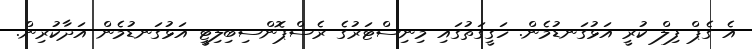
އެ ގެޕް ފިލް ކުރީ އަޅުގަނޑުމެން. ހަގީގަތުގައި މިނިސްޓަރުގެ ރެސްޕޮންސިބިލިޓީ އަޅުގަނޑުމެން އަދާކުރިން.